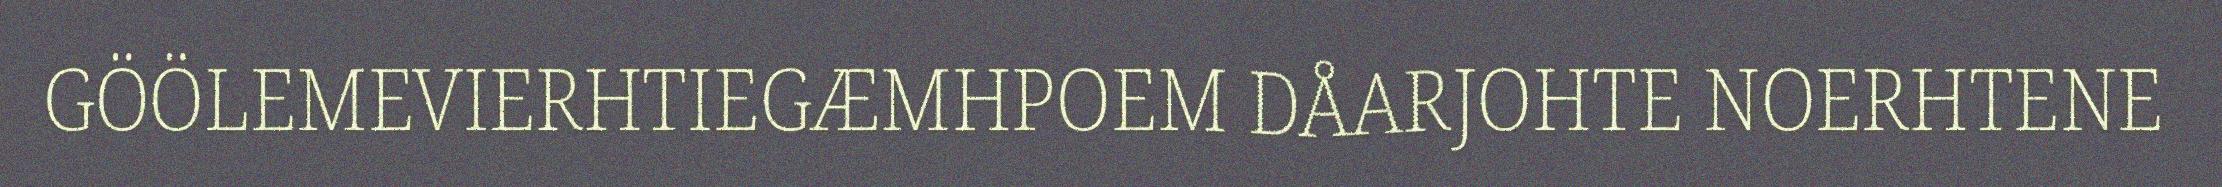
GÖÖLEMEVIERHTIEGÆMHPOEM DÅARJOHTE NOERHTENE